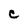
Character: C